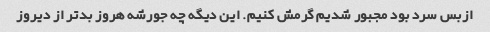
ازبس سرد بود مجبور شدیم گرمش کنیم. این دیگه چه جورشه هروز بدتر از دیروز